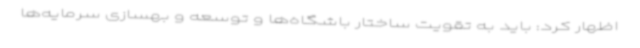
اظهار کرد: باید به تقویت ساختار باشگاه‌ها و توسعه و بهسازی سرمایه‌ها